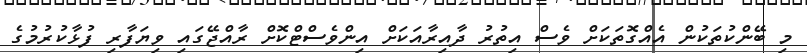
މި ބޭންކުތަކުން އެއްގޮތަކަށް ވެސް އިތުރު ދާއިރާއަކަށް އިންވެސްޓްކޮށް ރާއްޖޭގައި ވިޔަފާރި ފުޅާކުރުމުގެ